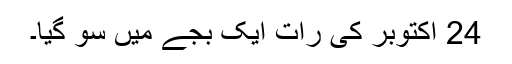
24 اکتوبر کی رات ایک بجے مَیں سو گیا۔